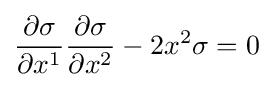
{\frac {\partial \sigma }{\partial x^{1}}}{\frac {\partial \sigma }{\partial x^{2}}}-2x^{2}\sigma =0